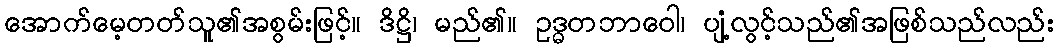
အောက်မေ့တတ်သူ၏အစွမ်းဖြင့်။ ဒိဋ္ဌိ၊ မည်၏။ ဥဒ္ဓတဘာဝေါ၊ ပျံ့လွင့်သည်၏အဖြစ်သည်လည်း